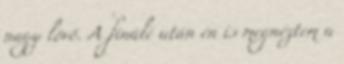
nagy lövő. A finálé után én is megnéztem a